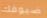
ضيوفك